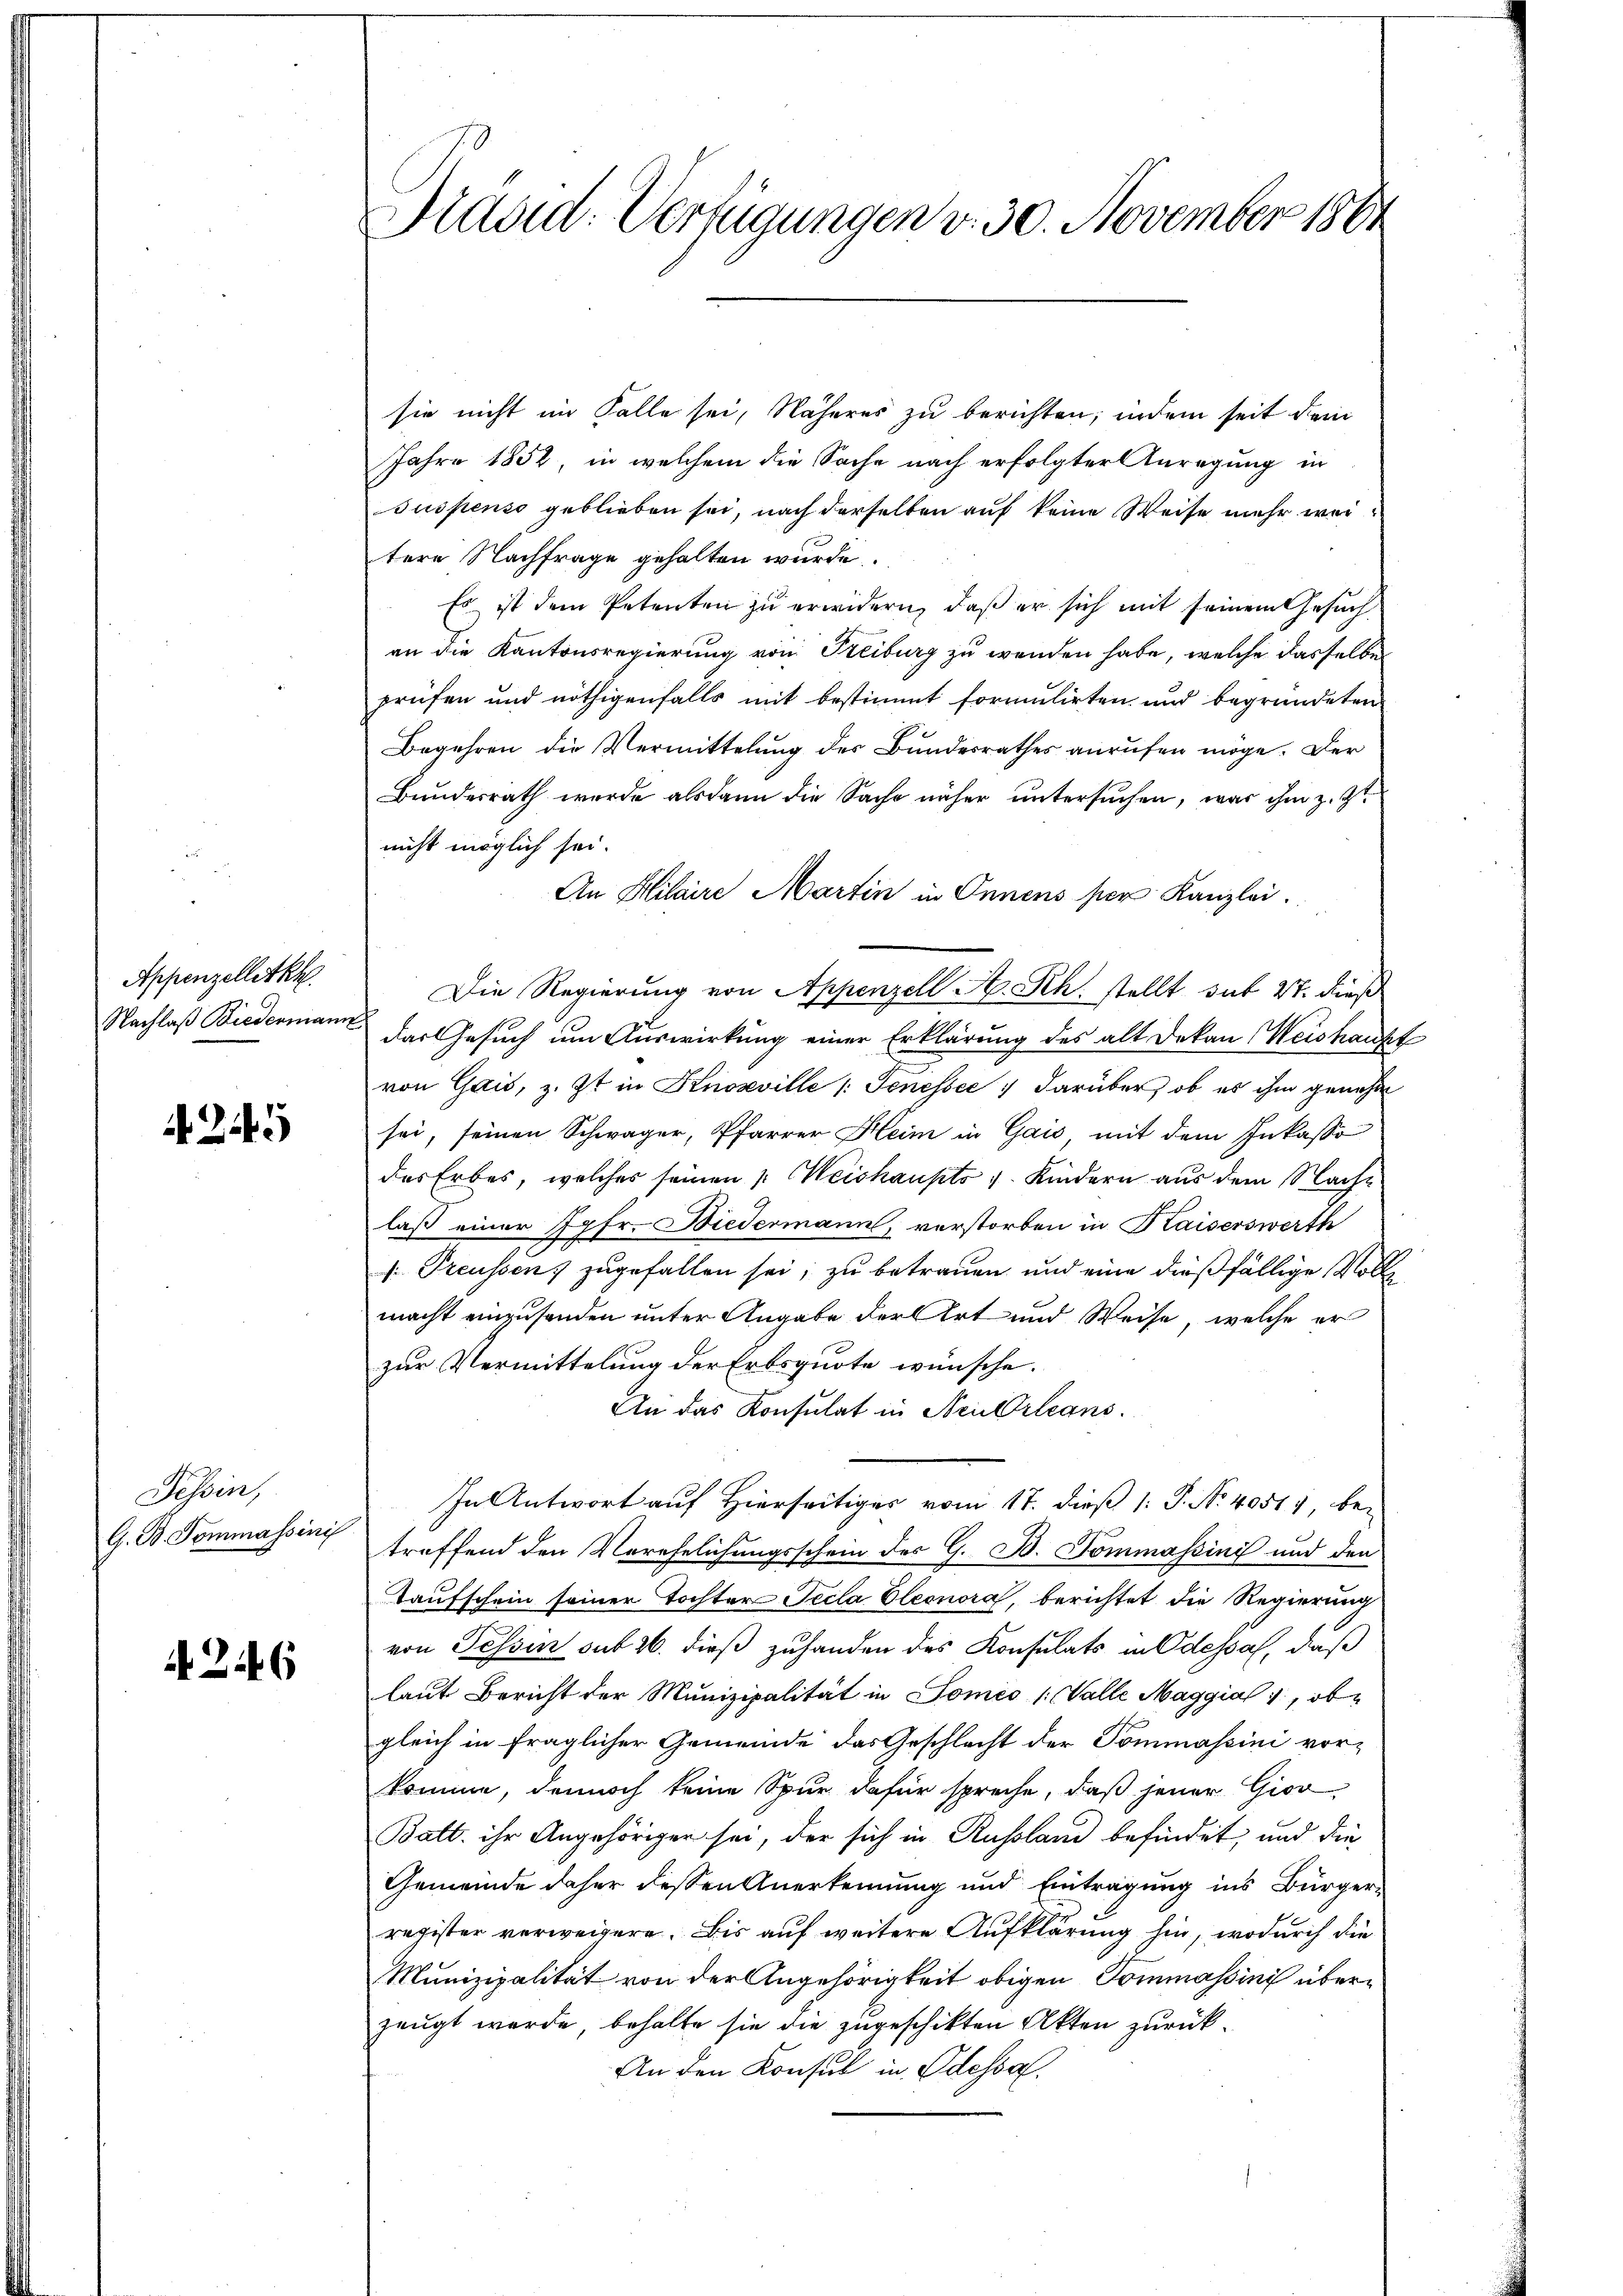
Appenzelletkh
Nachlaß Biedermann

A. 29

Tessin,
G. B. Sommassinis

246

Nidad: Verfügungen v. 30. November 1881

sie nicht im Falle sei, Näheres zu berichten, indem seit dem
Jahre 1852, in welchem die Sache nach erfolgter Anregung in
suspenso geblieben sei, nach derselben auf keine Weise mehr weitere Nachfrage gehalten wurde.
Es ist dem Petenten zu erwidern, daß er sich mit seinem Gesuch
an die Kantonsregierung von Freiburg zu wenden habe, welche dasselben
prüfen und nöthigenfalls mit bestimmt formulirten und begründeten
Begehren die Vermittelung des Bundesrathes anrufen möge. Der
Bundesrath wurde alsdann die Sache näher untersŭchen, was ihm z. Z.
nicht möglich sei.
An Hilaire Martin in Onnens per Kanzlei.
Die Regierung von Appenzell A. Rh. stellt sit 27. dieß
das Gesuch um Auswirkung einer Erklärung des alt Dekan Weishaubt
von Gais, z. Ist in Knosville |: Jenessée darüber, ob es ihm genehm
sei, seinen Schwager, Pfarrer Heim in Gais, mit dem Inkasso
des Erbes, welches seinen 1. Weishaupts v. Kindern aus dem Nach-
laß einer Jgfr. Biedermann, verstorben in Kaiserswerth
: Preussen; zugefallen sei, zu betrauen und eine dießfällige Vollmacht einzusenden unter Angabe der Art und Weise, welche er
zur Vermittelung der Erbsquote wünsche.
An das Konsulat in Neu Orleans
In Antwort auf Hierseitiger vom 17. dieß (: P. Nr. 40517, bei
treffend den Verehelichungsschein des G. B. Sommassini und den
Taufschein seiner Tochter Tecla Eleonora, berichtet die Regierung
von Tessin sub 26. dieß zuhanden des Konsulats in Odessal, daß
laut Bericht der Munizipalität in Somés /: Valle Maggia 1, ob
gleich in fraglicher Gemeinde das Geschlecht der Pommassini vorkomme, dennoch keine Spur dafür spreche, daß jener Giov
Batt. ihr Angehöriger sei, der sich in Russland befindet, und die
Gemeinde daher dessen Anerkennung und Eintragung ins Bürgerregister verweisern. Bis auf weitere Aufklärung hin, wodurch die
Munizipalität von der Angehörigkeit obigen Tommassinis überzeugt werde, behalte sie die zugeschikten Akten zurück¬
An den Konsul in Odessa.